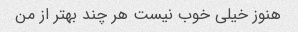
هنوز خیلی خوب نیست هر چند بهتر از من